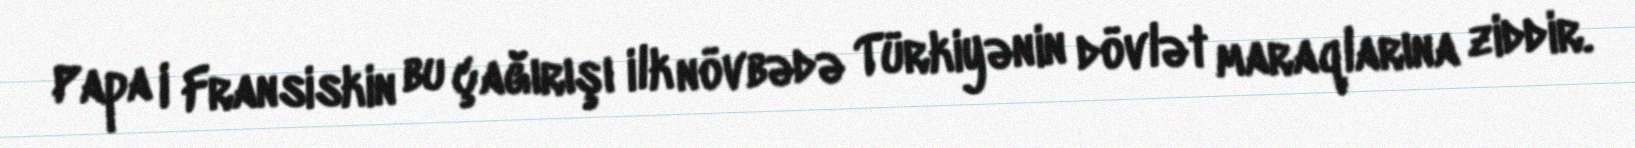
Papa I Fransiskin bu çağırışı ilk növbədə Türkiyənin dövlət maraqlarına ziddir.